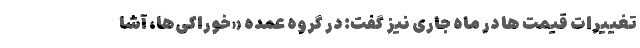
تغییرات قیمت ها در ماه جاری نیز گفت: در گروه عمده «خوراکی‌ها، آشا